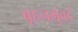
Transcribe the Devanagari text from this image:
बृहनमुंबई